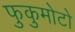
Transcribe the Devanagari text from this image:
फुकुमोटो